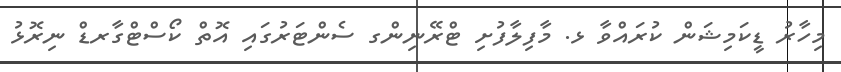
މިހާރު ޑީކަމިޝަން ކުރައްވާ ޅ. މާފިލާފުށި ޓްރޭނިންގ ސެންޓަރުގައި އޮތް ކޯސްޓްގާރޑް ނިރޮޅު